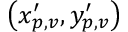
\left( x _ { p , v } ^ { \prime } , y _ { p , v } ^ { \prime } \right)